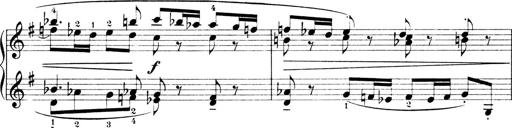
Title: 4 Sonatines
Composer: Max Reger